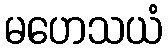
မဟေသယံ